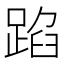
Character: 𮛫